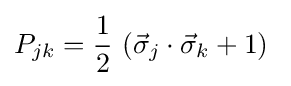
P_{jk}={\frac {1}{2}}\,\left({\vec {\sigma }}_{j}\cdot {\vec {\sigma }}_{k}+1\right)~